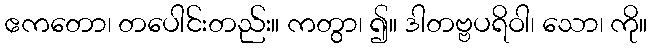
ဧကတော၊ တပေါင်းတည်း။ ကတွာ၊ ၍။ ဒါတဗ္ဗပရိဝါ၊ သော၊ ကို။